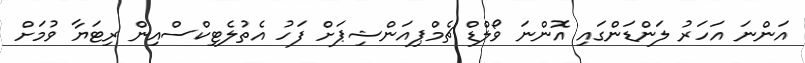
އަންނަ އަހަރު ލަންޑަންގައި އޮންނަ ވޯލްޑް ޗެމްޕިއަންޝިޕަށް ފަހު އެތުލެޓިކްސްއިން ރިޓަޔާ ވުމަށް